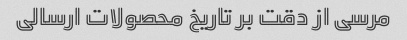
مرسی از دقت بر تاریخ محصولات ارسالی